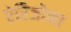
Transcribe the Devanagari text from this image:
ऐरिजोना